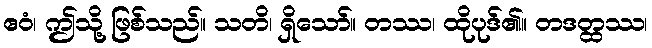
ဧဝံ၊ ဤသို့ ဖြစ်သည်။ သတိ၊ ရှိသော်။ တဿ၊ ထိုပုဒ်၏။ တဒတ္ထဿ၊